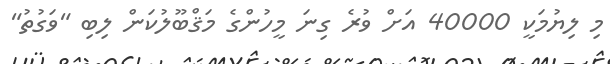
މި ލިޔުމަކީ 40000 އަށް ވުރެ ގިނަ މީހުންގެ މަޤްބޫލުކަން ލިބި "ވަގުތު"